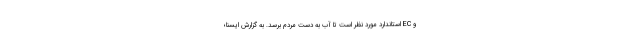
و EC استاندارد مورد نظر است تا آب به دست مردم برسد. به گزارش ایسنا؛